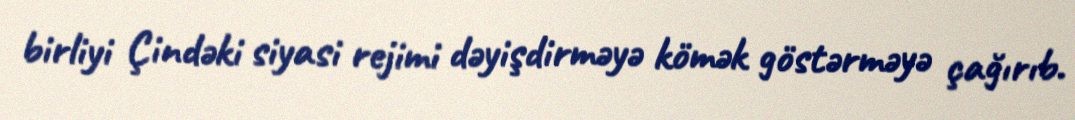
birliyi Çindəki siyasi rejimi dəyişdirməyə kömək göstərməyə çağırıb.